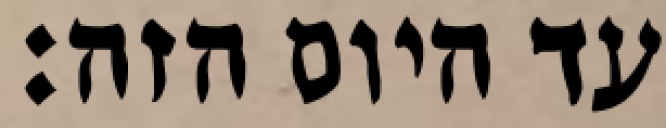
עד היום הזה: